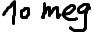
Text: 10 meg